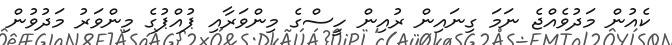
ކެއުން މަދުވެއްޖެ ނަމަ ގިނައިން ރުއިން ހީސްގެ މިންވަރާއި ޕުއްޕުގެ މިންވަރު މަދުވުން